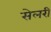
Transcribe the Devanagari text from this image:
सेलरी